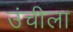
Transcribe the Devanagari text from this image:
उंचीला